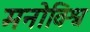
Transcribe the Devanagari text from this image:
मनोविश्व